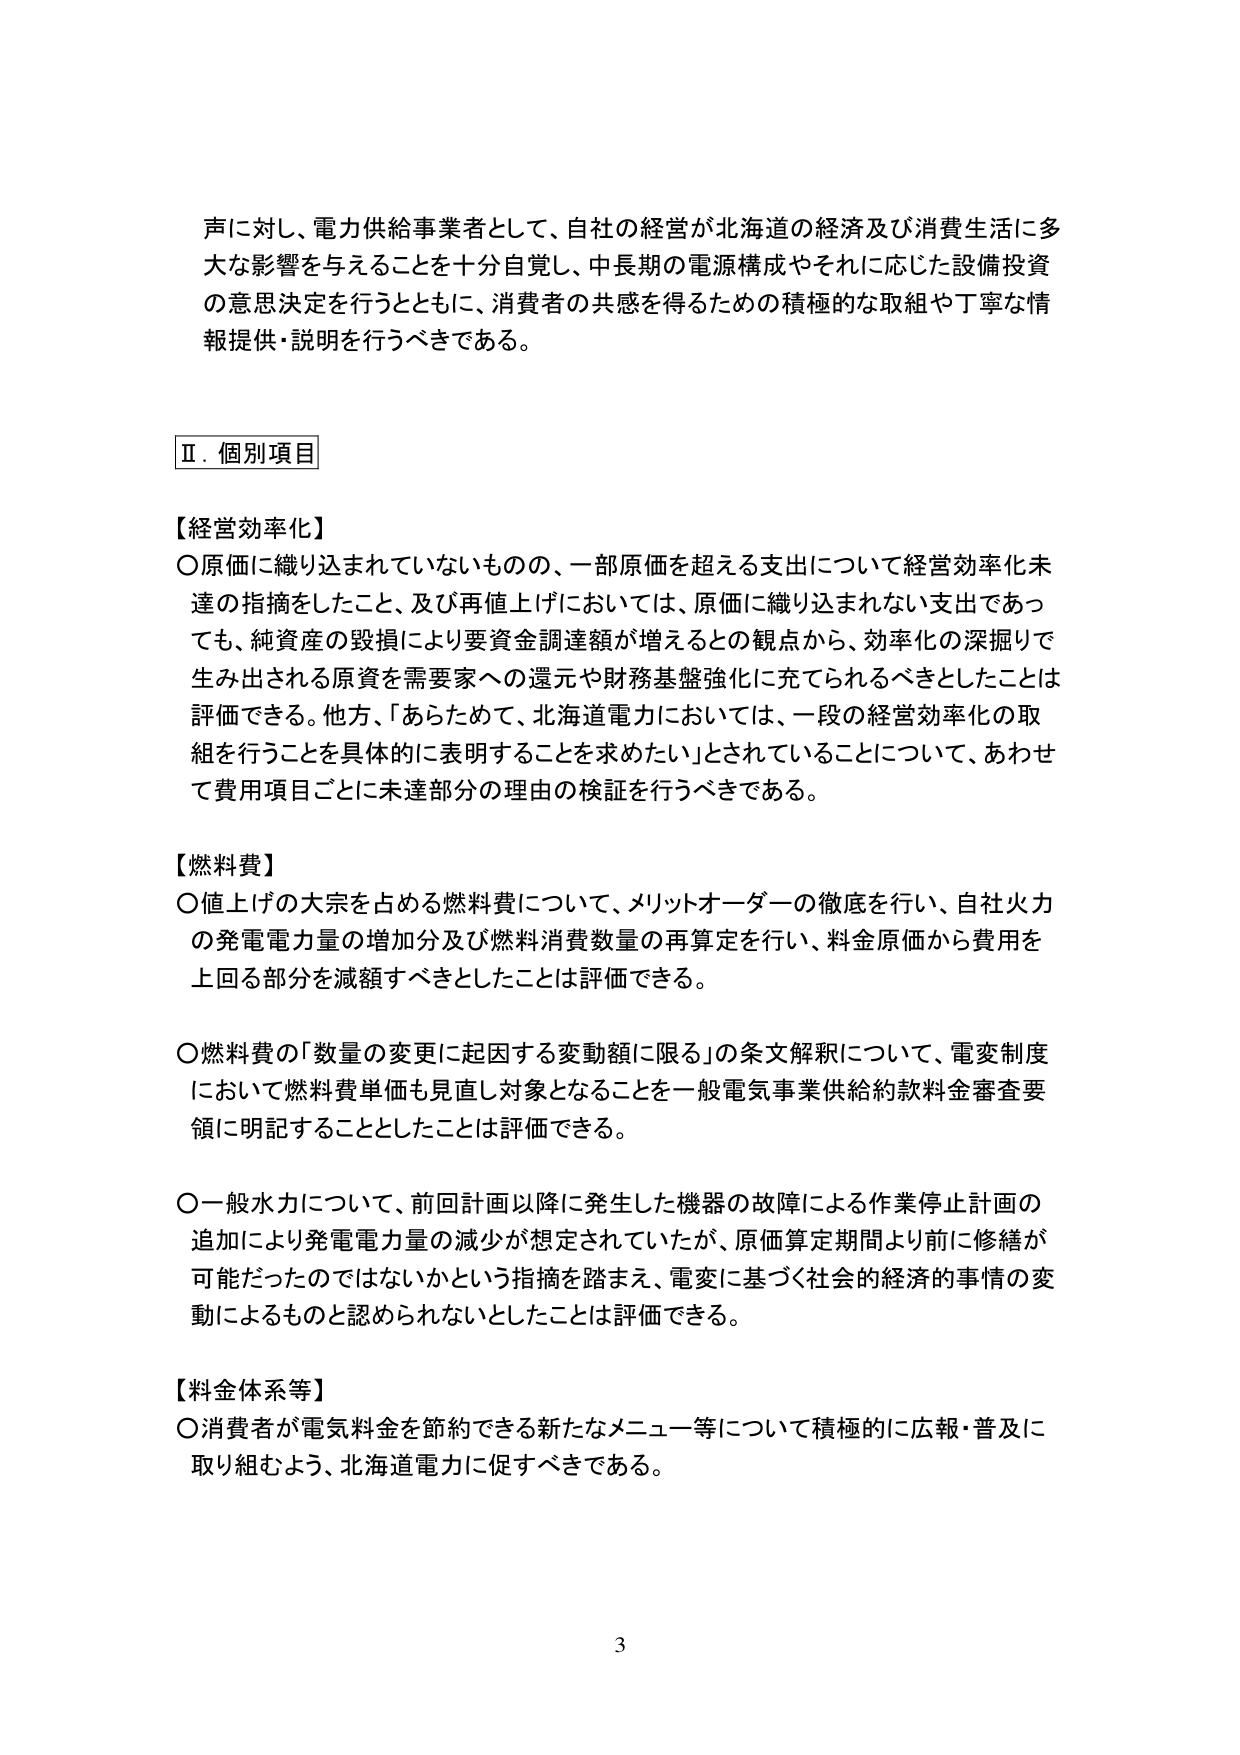
声に対し、電力供給事業者として、自社の経営が北海道の経済及び消費生活に多大な影響を与えることを十分自覚し、中長期の電源構成やそれに応じた設備投資の意思決定を行うとともに、消費者の共感を得るための積極的な取組や丁寧な情報提供・説明を行うべきである。

Ⅱ．個別項目

【経営効率化】
○原価に織り込まれていないものの、一部原価を超える支出について経営効率化未達の指摘をしたこと、及び再値上げにおいては、原価に織り込まれない支出であっても、純資産の毀損により要資金調達額が増えるとの観点から、効率化の深掘りで生み出される原資を需要家への還元や財務基盤強化に充てられるべきとしたことは評価できる。他方、「あらためて、北海道電力においては、一段の経営効率化の取組を行うことを具体的に表明することを求めたい」とされていることについて、あわせて費用項目ごとに未達部分の理由の検証を行うべきである。

【燃料費】
○値上げの大宗を占める燃料費について、メリットオーダーの徹底を行い、自社火力の発電電力量の増加分及び燃料消費数量の再算定を行い、料金原価から費用を上回る部分を減額すべきとしたことは評価できる。

○燃料費の「数量の変更に起因する変動額に限る」の条文解釈について、電変制度において燃料費単価も見直し対象となることを一般電気事業供給約款料金審査要領に明記することとしたことは評価できる。

○一般水力について、前回計画以降に発生した機器の故障による作業停止計画の追加により発電電力量の減少が想定されていたが、原価算定期間より前に修繕が可能だったのではないかという指摘を踏まえ、電変に基づく社会的経済的事情の変動によるものと認められないとしたことは評価できる。

【料金体系等】
○消費者が電気料金を節約できる新たなメニュー等について積極的に広報・普及に取り組むよう、北海道電力に促すべきである。

3